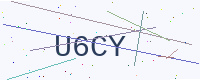
Text: U6CY